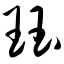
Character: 珏